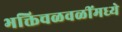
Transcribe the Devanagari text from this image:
भक्तिचळवळींमध्ये